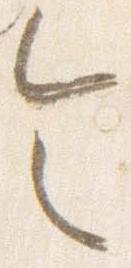
令